Civil Veterinary Dept. Bombay admin report 1932-41 - 1932-1941
Year: 1932
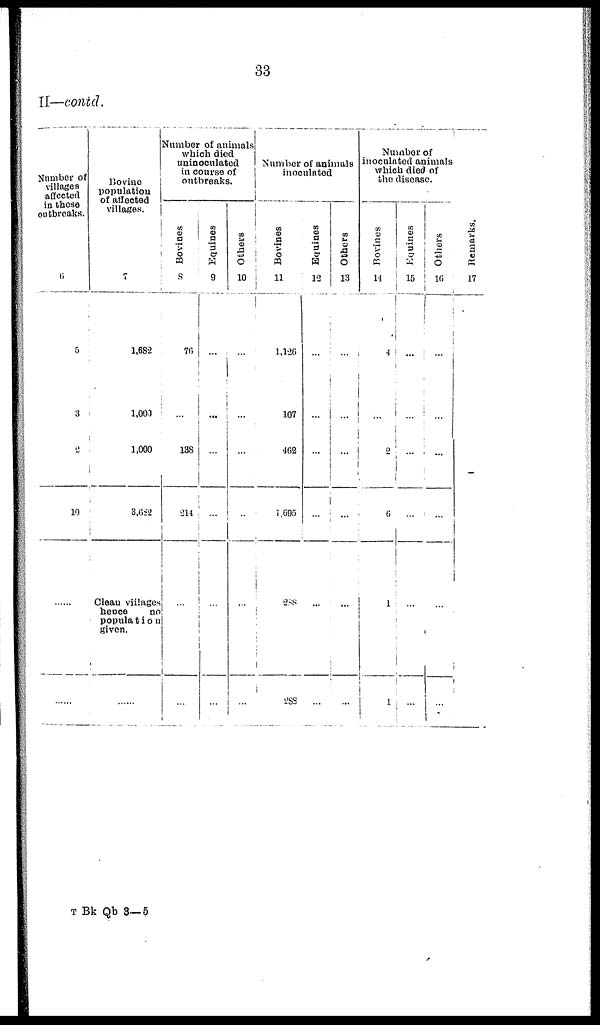
33
II—contd.
Number of
villages
affected
in those
outbreaks.
6
5
3
2
10
......
......
Bovine
population
of affected
villages.
7
1,682
1,000
1,000
3,682
Clean villages
hence
no
population
given.
......
Number of animals
which died
uninoculated
in course of
outbreaks.
Bovines
8
76
...
138
214
...
...
Equines
9
...
...
...
...
...
...
Others
10
...
...
...
...
...
...
Number of animals
inoculated
Bovines
11
1,126
107
462
1,695
288
288
Equines
12
...
...
...
...
...
...
Others
13
...
...
...
...
...
...
Number of
inoculated animals
which died of
the disease.
Bovines
14
4
...
2
6
1
1
Equines
15
...
...
...
...
...
...
Others
16
...
...
...
...
...
...
Remarks.
17
T Bk Qb 3—5